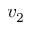
v _ { 2 }